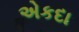
એકદા